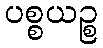
ပစ္စယဉ္စ